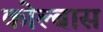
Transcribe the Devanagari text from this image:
कोल्बास